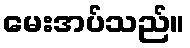
မေးအပ်သည်။